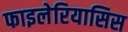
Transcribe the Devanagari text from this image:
फाइलेरियासिस